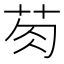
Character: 𮎯